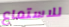
للاستماع